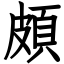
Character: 頗